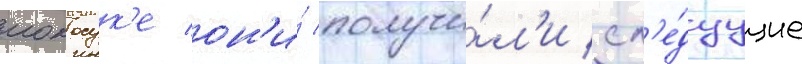
иокосук'е он'и́ получи́л'и сл'е́дуущие